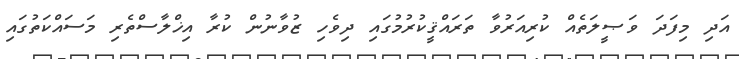
އަދި މިފަދަ ވަޞީލަތެއް ކުރިއަރުވާ ތަރައްޤީކުރުމުގައި ދިވެހި ޒުވާނުން ކުރާ އިޚްލާސްތެރި މަސައްކަތުގައި